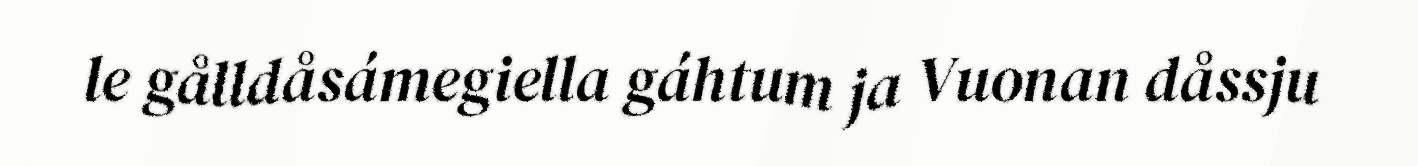
le gålldåsámegiella gáhtum ja Vuonan dåssju